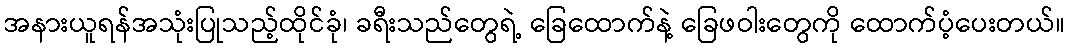
အနားယူရန်အသုံးပြုသည့်ထိုင်ခုံ၊ ခရီးသည်တွေရဲ့ ခြေထောက်နဲ့ ခြေဖဝါးတွေကို ထောက်ပံ့ပေးတယ်။